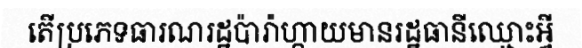
តើប្រភេទធារណរដ្ឋប៉ារ៉ាហ្កាយមានរដ្ឋធានីឈ្មោះអ្វី